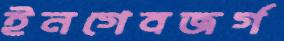
ইনগেবজর্গ